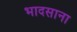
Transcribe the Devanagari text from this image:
भादसाना